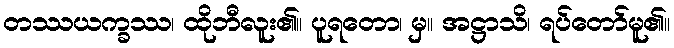
တဿယက္ခဿ၊ ထိုဘီလူး၏။ ပူရတော၊ မှ။ အဋ္ဌာသိ၊ ရပ်တော်မူ၏။